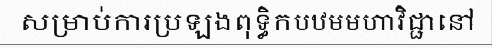
សម្រាប់ការប្រឡងពុទ្ធិកបឋមមហាវិជ្ជានៅ